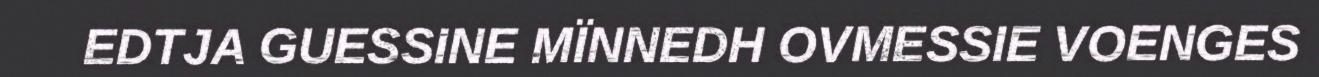
EDTJA GUESSINE MÏNNEDH OVMESSIE VOENGES